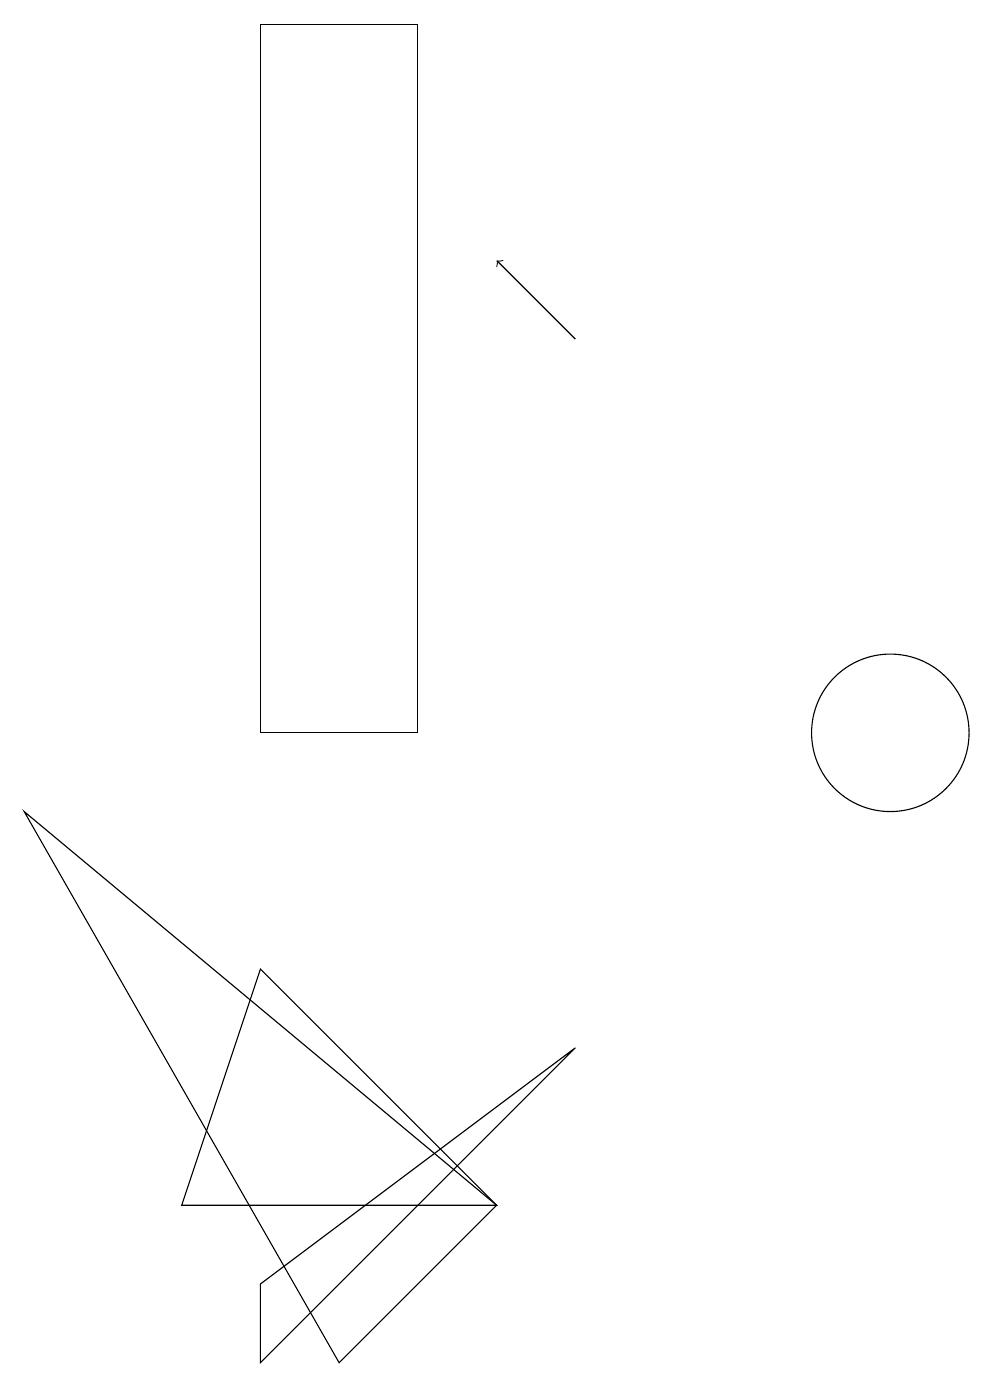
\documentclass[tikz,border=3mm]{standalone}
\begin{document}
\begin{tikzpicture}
\draw (3,4) -- (7,4) -- (4,7) -- cycle;
\draw (12,12) circle (0);
\draw (4,2) -- (4,3) -- (8,6) -- cycle;
\draw (7,4) -- (5,2) -- (1,9) -- cycle;
\draw (12,10) circle (1);
\draw (4,10) rectangle (6,19);
\draw[->] (8,15) -- (7,16);
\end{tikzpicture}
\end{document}